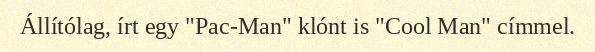
Állítólag, írt egy "Pac-Man" klónt is "Cool Man" címmel.